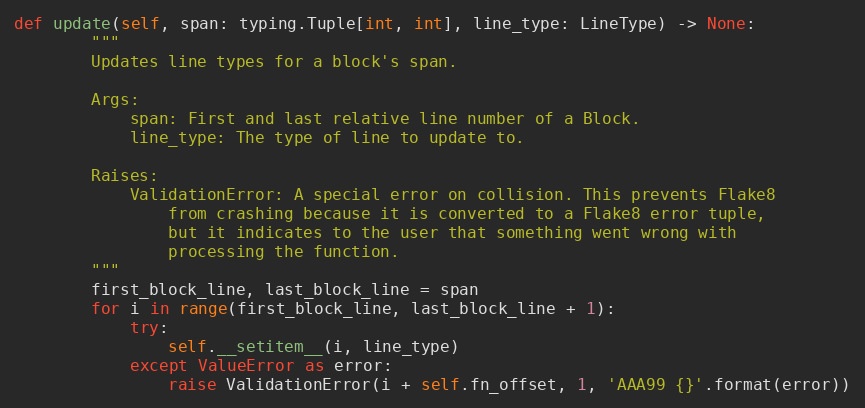
Language: Python
def update(self, span: typing.Tuple[int, int], line_type: LineType) -> None:
        """
        Updates line types for a block's span.

        Args:
            span: First and last relative line number of a Block.
            line_type: The type of line to update to.

        Raises:
            ValidationError: A special error on collision. This prevents Flake8
                from crashing because it is converted to a Flake8 error tuple,
                but it indicates to the user that something went wrong with
                processing the function.
        """
        first_block_line, last_block_line = span
        for i in range(first_block_line, last_block_line + 1):
            try:
                self.__setitem__(i, line_type)
            except ValueError as error:
                raise ValidationError(i + self.fn_offset, 1, 'AAA99 {}'.format(error))